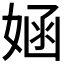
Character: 𫱂